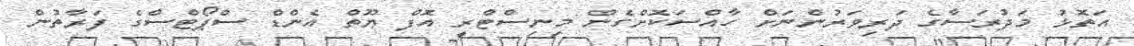
އަތޮޅު މަދުރަސާގެ ދަރިވަރުންނަށް ހާއްސަކޮށްގެން މިނިސްޓްރީ އޮފް ޔޫތް އެންޑް ސްޕޯޓްސްގެ ފަރާތުން